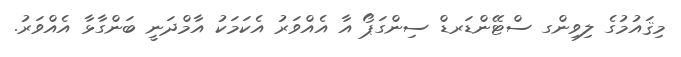
މިޤައުމުގެ ލިވިންގ ސްޓޭންޑަރޑް ސިންގަޕޯ އާ އެއްވަރު އެކަމަކު އާމްދަނީ ބަންގާޅާ އެއްވަރު.